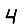
Digit: 4